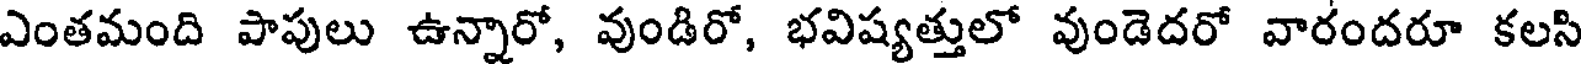
ఎంతమంది పాపులు ఉన్నారో, వుండిరో, భవిష్యత్తులో వుండెదరో వారందరూ కలసి